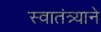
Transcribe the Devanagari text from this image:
स्वातंत्र्याने